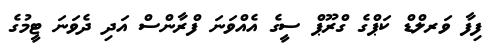
ފިފާ ވަރލްޑް ކަޕްގެ ގްރޫޕް ސީގެ އެއްވަނަ ފްރާންސް އަދި ދެވަނަ ޓީމުގެ